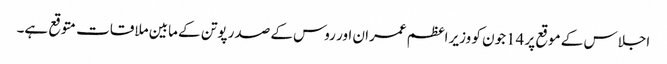
اجلاس کے موقع پر 14جون کو وزیر اعظم عمران اور روس کے صدر پوتن کے مابین ملاقات متوقع ہے۔